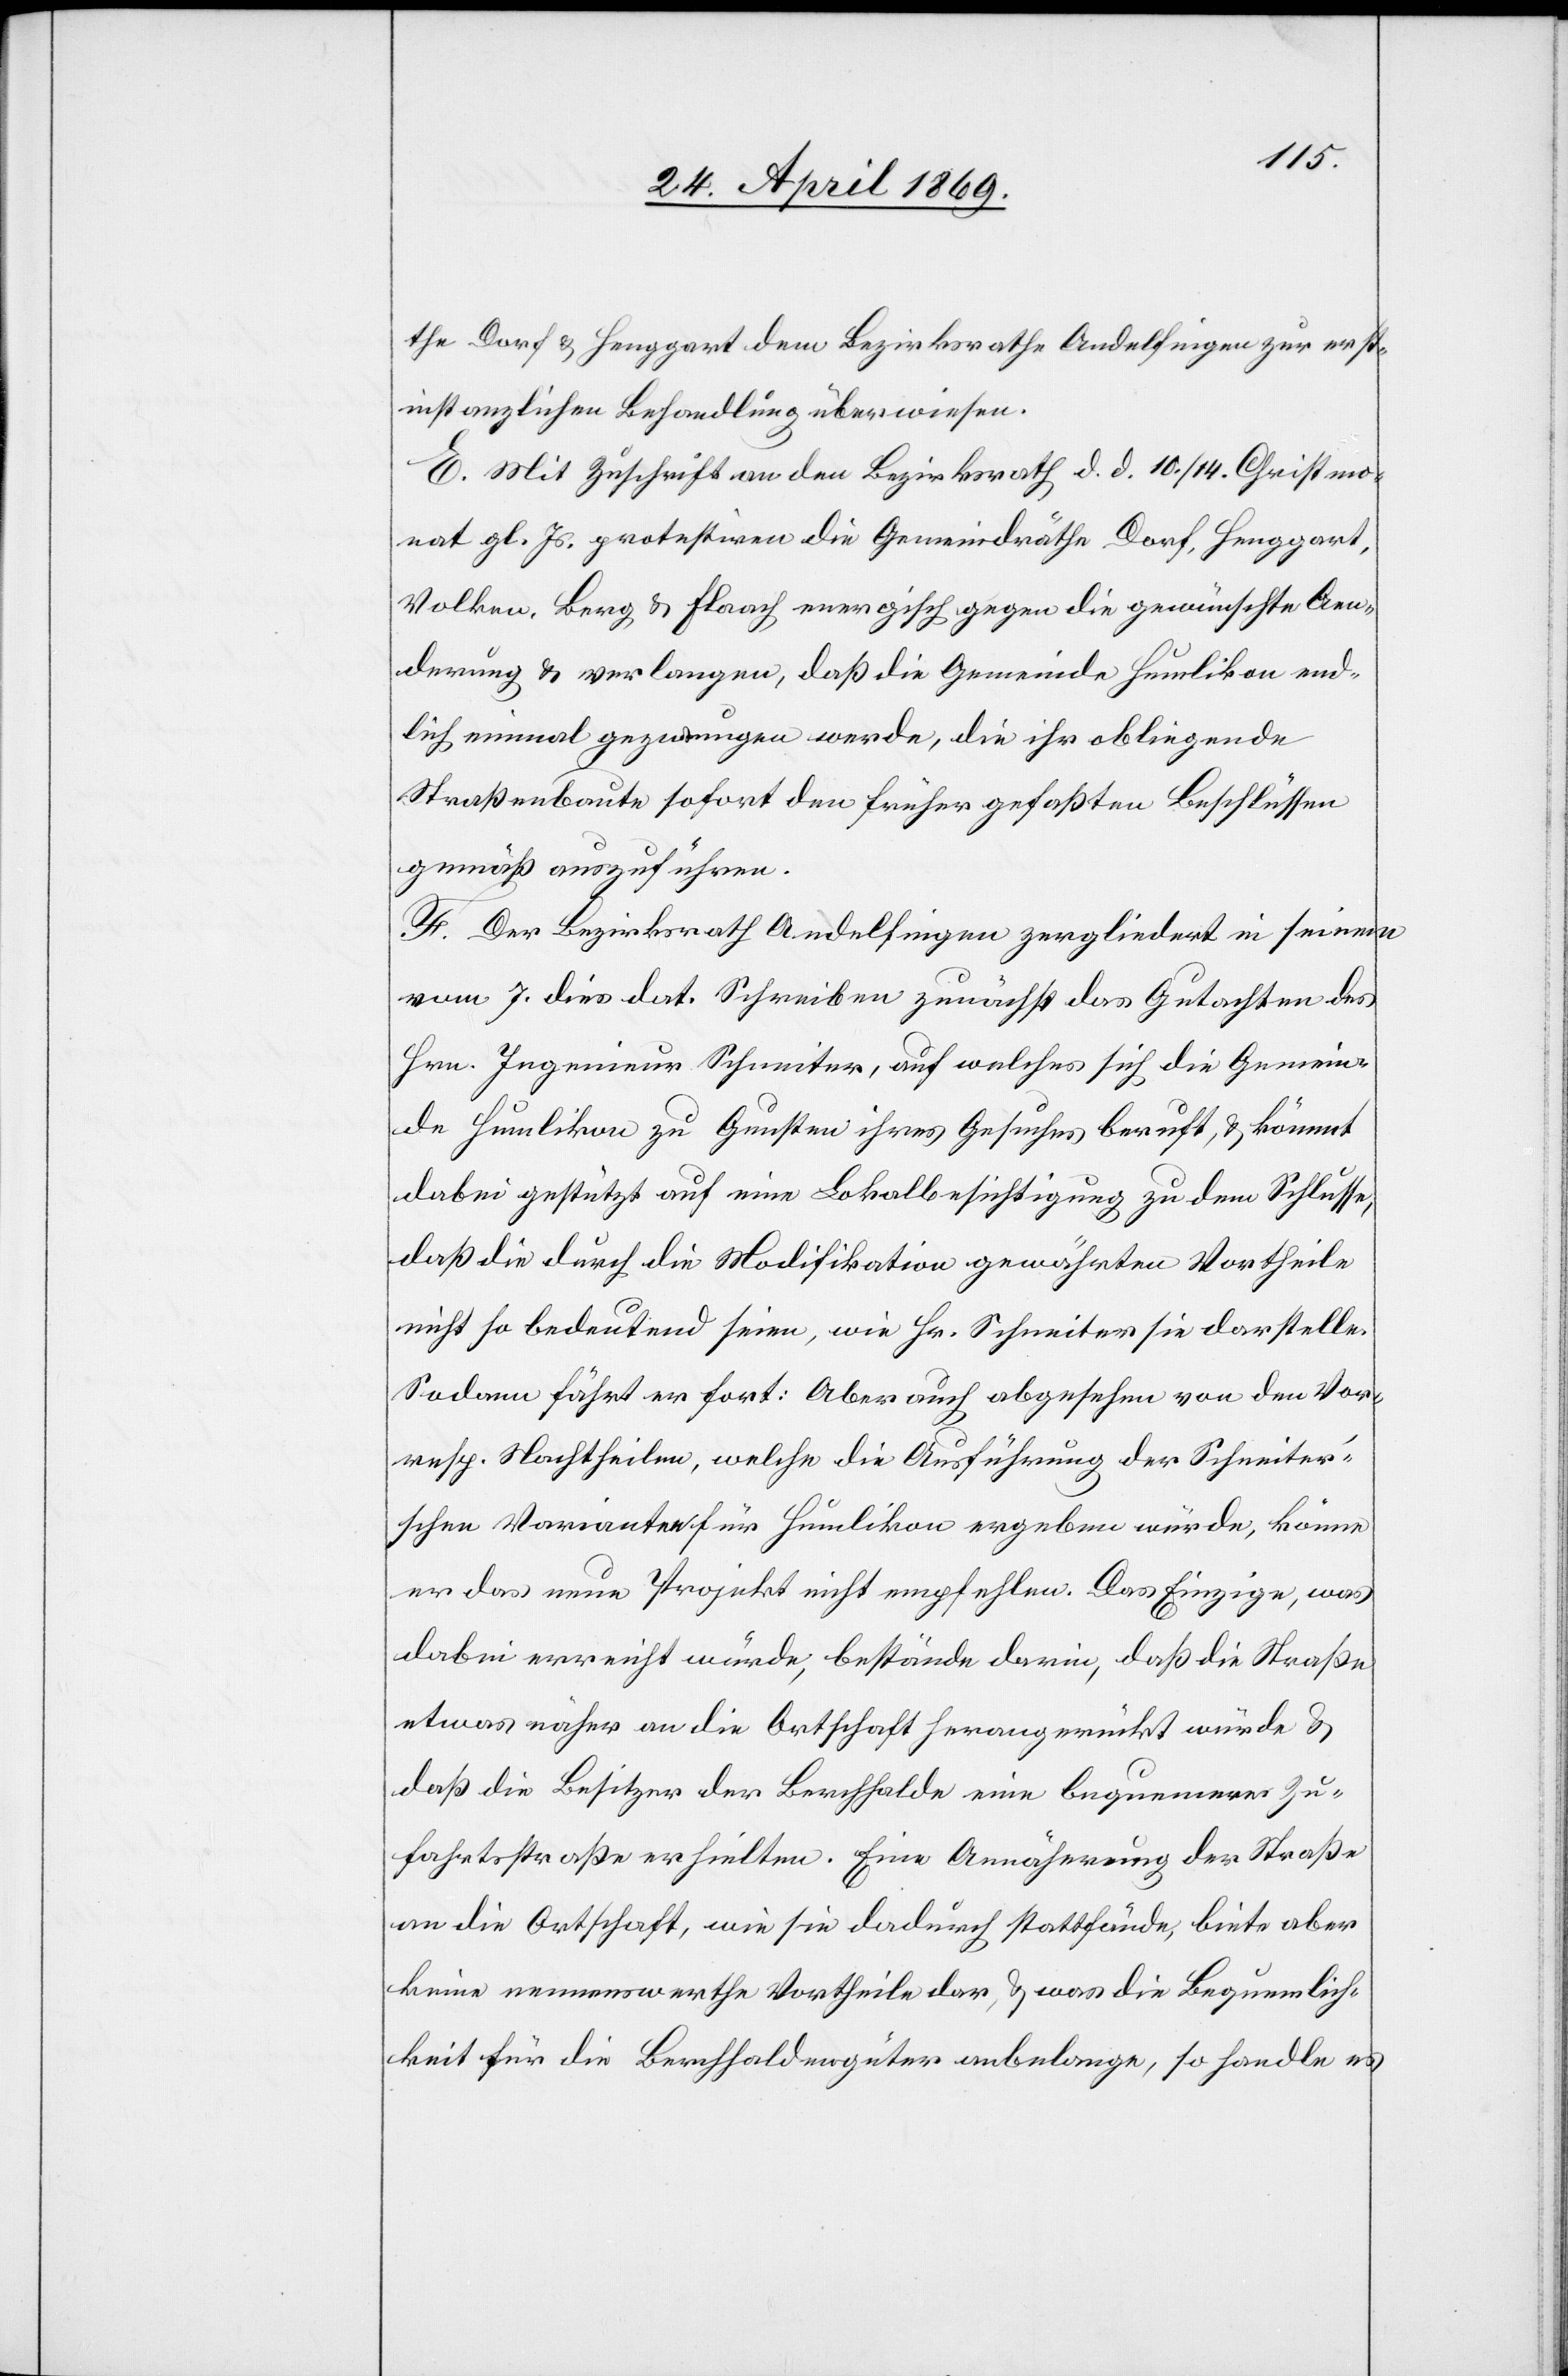
the Dorf u. Henggart dem Bezirksrathe Andelfingen zur erst¬
instanzlichen Behandlung überwiesen.
E. Mit Zuschrift an den Bezirksrath d. d. 10./14. Christmo¬
nat gl. Js. protestiren die Gemeindräthe Dorf, Henggart,
Volken, Berg u. Flaach energisch gegen die gewünschte Aen¬
derung u. verlangen, daß die Gemeinde Humlikon end¬
lich einmal gezwungen werde, die ihr obliegende
Straßenbaute sofort den früher gefaßten Beschlüssen
gemäß auszuführen.
F. Der Bezirksrath Andelfingen zergliedert in seinem
vom 7. dies dat. Schreiben zunächst das Gutachten des
Hrn. Ingenieur Schneiter, auf welches sich die Gemein¬
de Humlikon zu Gunsten ihres Gesuches beruft, u. kömmt
dabei gestützt auf eine Lokalbesichtigung zu dem Schlusse,
daß die durch die Modifikation gewährten Vortheile
nicht so bedeutend seien, wie Hr. Schneiter sie darstelle.
Sodann fährt er fort: Aber auch abgesehen von den Vor-
resp. Nachtheilen, welche die Ausführung der Schneite¬
r’schen Varianten für Humlikon ergeben würde, könne
er das neue Projekt nicht empfehlen. Das Einzige, was
dabei erreicht würde, bestände darin, daß die Straße
etwas näher an die Ortschaft herangerückt würde u.
daß die Besitzer der Berchhalde eine bequemere Zu¬
fahrtsstraße erhielten. Eine Annäherung der Straße
an die Ortschaft, wie sie dadurch stattfände, biete aber
keine nennenswerthe Vortheile dar, u. was die Bequemlich¬
keit für die Berchhaldengüter anbelange, so handle es